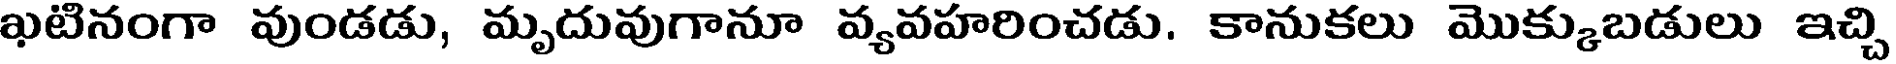
ఖటినంగా వుండడు, మృదువుగానూ వ్యవహరించడు. కానుకలు మొక్కుబడులు ఇచ్చి